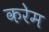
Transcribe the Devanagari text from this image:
करेम